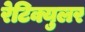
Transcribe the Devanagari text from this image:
रेटिक्युलर